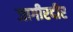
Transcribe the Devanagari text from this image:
जागीरदीर